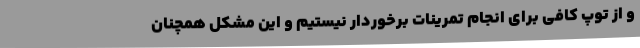
و از توپ کافی برای انجام تمرینات برخوردار نیستیم و این مشکل همچنان